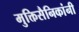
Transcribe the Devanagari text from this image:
मुक्तिसैनिकांनी